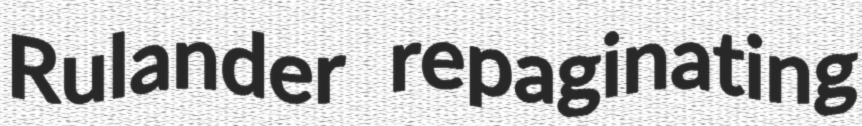
Rulander repaginating